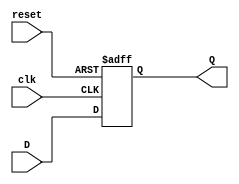
module FeedbackRegister (
    input wire clk,      // Clock signal
    input wire reset,    // Asynchronous reset signal
    input wire D,        // Data input
    output reg Q         // Data output
);

// Asynchronous reset behavior
always @(posedge clk or posedge reset) begin
    if (reset) begin
        Q <= 1'b0;      // Set to predefined state (zero)
    end else begin
        Q <= D;         // Capture the input data on clock edge
    end
end

endmodule